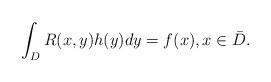
LaTeX: \begin{align*} \int_D R(x,y)h(y)dy = f(x), x \in\bar{D}. \end{align*}